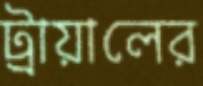
ট্রায়ালের